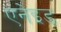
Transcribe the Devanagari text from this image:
एनेइड